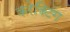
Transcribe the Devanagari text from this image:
करेक्टिंग